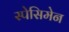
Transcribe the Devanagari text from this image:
स्पेसिमेन